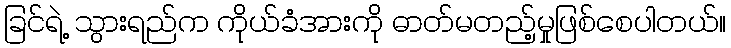
ခြင်ရဲ့ သွားရည်က ကိုယ်ခံအားကို ဓာတ်မတည့်မှုဖြစ်စေပါတယ်။